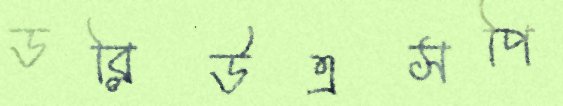
ডব্লিউএসপি